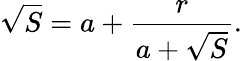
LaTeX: {\sqrt{S}}=a+{\frac{r}{a+{\sqrt{S}}}}.